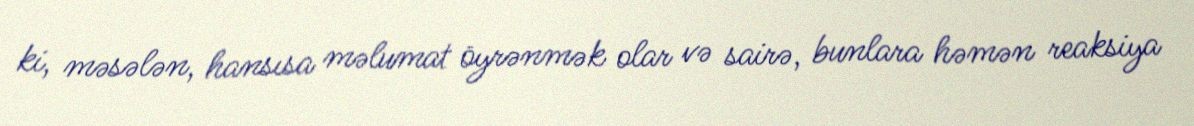
ki, məsələn, hansısa məlumat öyrənmək olar və sairə, bunlara həmən reaksiya